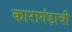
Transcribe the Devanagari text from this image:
कारागंडाची